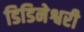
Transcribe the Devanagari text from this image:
डिडिनेश्वरी